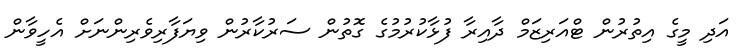
އަދި މީގެ އިތުރުން ޓްއަރިޒަމް ދާއިރާ ފުޅާކުރުމުގެ ގޮތުން ސަރުކާރުން ވިޔަފާރިވެރިންނަށް އެހީވާން